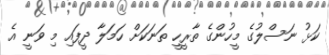
ކަޅު ނަސްލުގެ މީހުންގެ ތާރީހީ ތަނަކަށް ހަމަލާ ދީފައި މި ވަނީ އެ